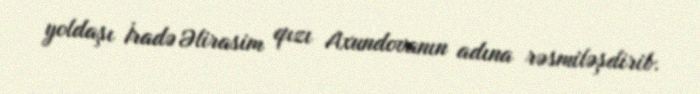
yoldaşı İradə Əlirasim qızı Axundovanın adına rəsmiləşdirib.